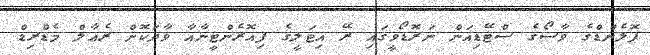
ޕޮލެންޑްގެ ވާސޯގެ ސްޓޭޑިއަން ނަރޮޑޯވީގައި ރޭ އިޓަލީގެ ފިއޮރެންޓީނާއާ ވާދަކޮށް ރެއާލް މެޑްރިޑް